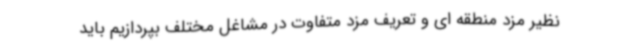
نظیر مزد منطقه ای و تعریف مزد متفاوت در مشاغل مختلف بپردازیم باید